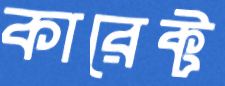
কারেক্ট